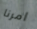
امرنا